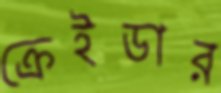
ক্রেইডার